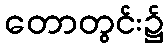
တောတွင်း၌